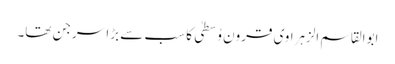
ابوالقاسم الزہراوی قرونِ وُسطیٰ کا سب سے بڑا سرجن تھا۔